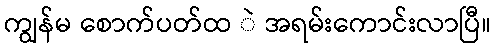
ကျွန်မ စောက်ပတ်ထ ဲ အရမ်းကောင်းလာပြီ။